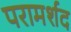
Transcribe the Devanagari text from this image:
परामर्शद